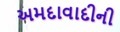
અમદાવાદીની